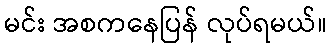
မင်း အစကနေပြန် လုပ်ရမယ်။